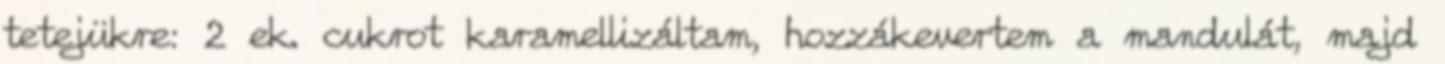
tetejükre: 2 ek. cukrot karamellizáltam, hozzákevertem a mandulát, majd